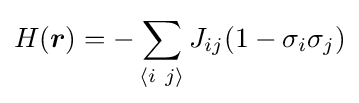
H({\boldsymbol {r}})=-\sum _{\langle i~j\rangle }J_{ij}(1-\sigma _{i}\sigma _{j})